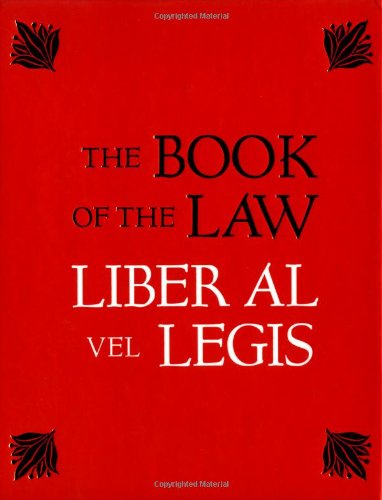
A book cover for The Book of the Law: Liber Al Vel Legis; Aleister Crowley; Self-Help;